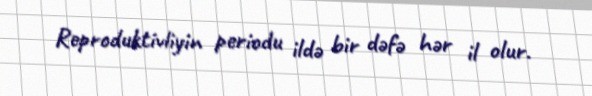
Reproduktivliyin periodu ildə bir dəfə hər il olur.